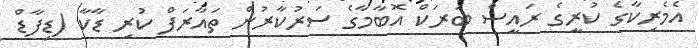
އެމެރިކާގެ ކުރީގެ ރައީސް ބަރަކް އޮބާމާގެ ސަރުކާރުން ތައާރަފް ކުރި ޑާކާ (ޑިފާޑް